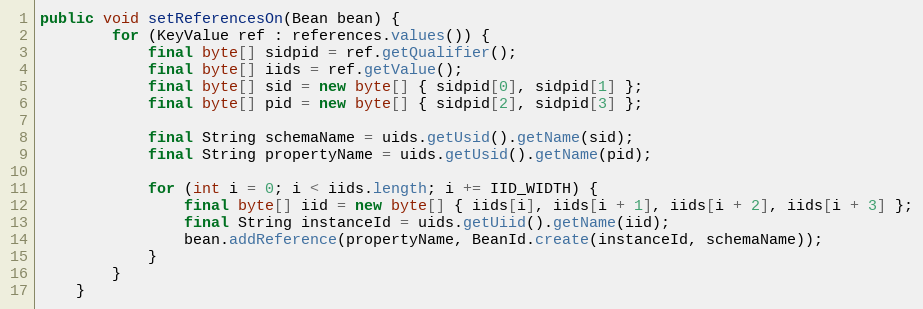
Language: Java
public void setReferencesOn(Bean bean) {
        for (KeyValue ref : references.values()) {
            final byte[] sidpid = ref.getQualifier();
            final byte[] iids = ref.getValue();
            final byte[] sid = new byte[] { sidpid[0], sidpid[1] };
            final byte[] pid = new byte[] { sidpid[2], sidpid[3] };

            final String schemaName = uids.getUsid().getName(sid);
            final String propertyName = uids.getUsid().getName(pid);

            for (int i = 0; i < iids.length; i += IID_WIDTH) {
                final byte[] iid = new byte[] { iids[i], iids[i + 1], iids[i + 2], iids[i + 3] };
                final String instanceId = uids.getUiid().getName(iid);
                bean.addReference(propertyName, BeanId.create(instanceId, schemaName));
            }
        }
    }